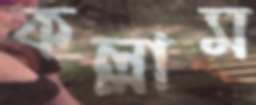
কল্লাম